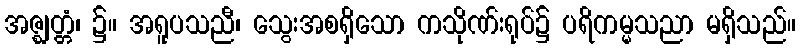
အဇ္ဈတ္တံ၊ ၌။ အရူပသညီ၊ သွေးအစရှိသော ကသိုဏ်းရုပ်၌ ပရိကမ္မသညာ မရှိသည်။